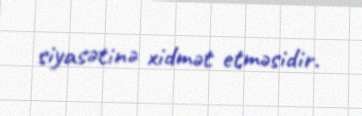
siyasətinə xidmət etməsidir.